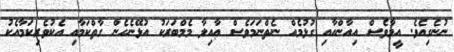
ނުނެގިއެވެ. އީމާވެސް އިއާންއާއި ގުޅުމެއް ނެތްނަމަވެސް ޢާއިލާ މެމްބަރަކު އުޅޭނެހެން ގާތްކަމާއި އެކުވެރިކަމާއެކު